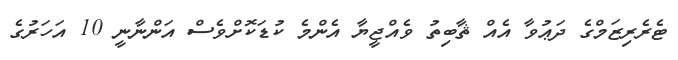
ޓެރެރިޒަމްގެ ދަޢުވާ އެއް ޘާބިތު ވެއްޖީޔާ އެންމެ ކުޑަކޮށްވެސް އަންނާނީ 10 އަހަރުގެ